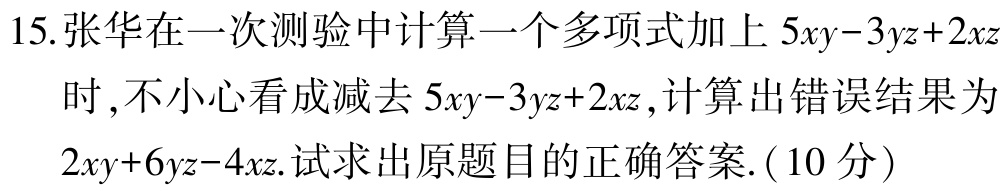
15.张华在一次测验中计算一个多项式加上 \(5xy - 3yz + 2xz\)时,不小心看成减去 \(5xy - 3yz + 2xz\),计算出错误结果为 \(2xy + 6yz - 4xz\).试求出原题目的正确答案.(10分)